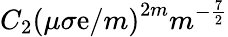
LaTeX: C_{2}\left(\mu\sigma\mathrm{e}/m\right)^{2m}m^{-\frac{{7}}{{2}}}